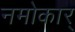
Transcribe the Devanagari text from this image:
नमोकार्